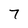
Character: 7